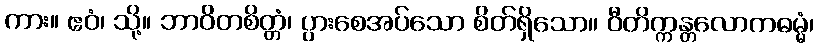
ကား။ ဧဝံ၊ သို့။ ဘာဝိတစိတ္တံ၊ ပွားစေအပ်သော စိတ်ရှိသော။ ဝီတိက္ကန္တလောကဓမ္မံ၊